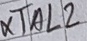
Text: XTAL2